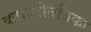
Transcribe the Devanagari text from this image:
कपालीतंत्रिका